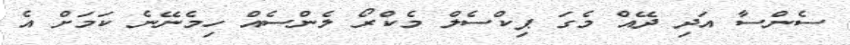
ސެންސާ އަދި ދޭއް މެގަ ޕިކްސެލް މެކްރޯ ލެންސެއް ހިމެނޭނެ ކަމަށް އެ